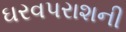
ઘરવપરાશની